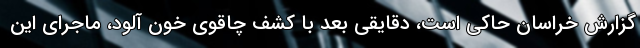
گزارش خراسان حاکی است، دقایقی بعد با کشف چاقوی خون آلود، ماجرای این